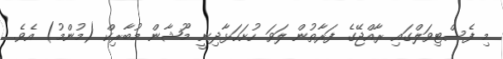
މި ފެސްޓިވަލްގައި ރާއްޖޭގެ ފަރާތުން ލަވަ ހުށަހަޅާދިނީ މޫޝާން މުބާރިކް (މުންމު) އެވެ.